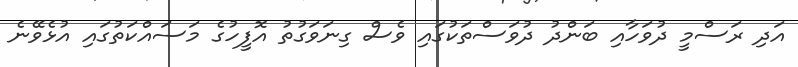
އަދި ރަސްމީ ދުވަހާއި ބަންދު ދުވަސްތަކުގައި ވެސް ގިނަވަގުތު އޮފީހުގެ މަސައްކަތުގައި އުޅެވޭނެ